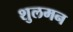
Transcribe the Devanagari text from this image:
शुलमन